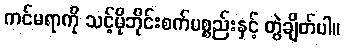
ကင်မရာကို သင့်မိုဘိုင်းစက်ပစ္စည်းနှင့် တွဲချိတ်ပါ။